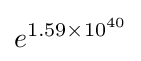
e^{1.59\times 10^{40}}